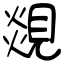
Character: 覢